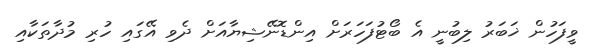
ވީފަހުން ޚަބަރު ލިބުނީ އެ ބޯޓުފަހަރަށް އިންޑޮނޭޝިޔާއަށް ދެވި އޭގައި ހުރި މުދާތަކާއި